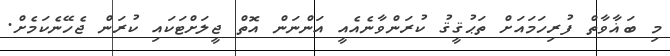
މި ބަޣާވާތް ފުރިހަމައަށް ތަޙުޤީޤު ކުރަންވާނެއެއީ އަންނަން އޮތް ޖީލަށްޓަކައި ކުރަން ޖެހޭނެކަމެށް.